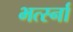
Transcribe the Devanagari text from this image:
भर्त्स्ना